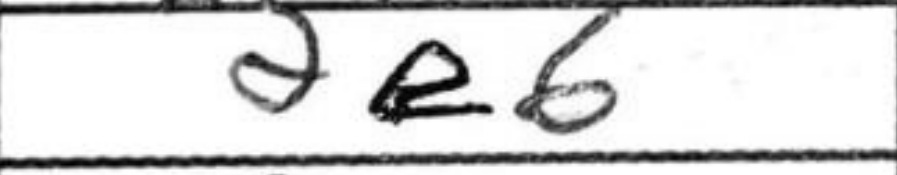
Transcription: e6